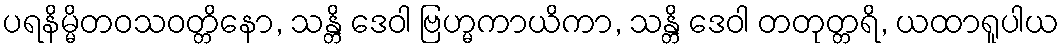
ပရနိမ္မိတဝသဝတ္တိနော, သန္တိ ဒေဝါ ဗြဟ္မကာယိကာ, သန္တိ ဒေဝါ တတုတ္တရိ, ယထာရူပါယ